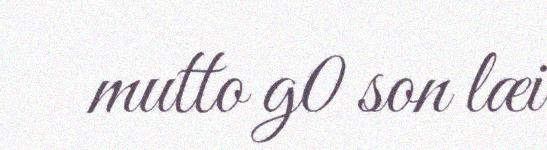
mutto g0 son læi